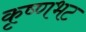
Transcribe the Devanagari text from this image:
कृष्णभट